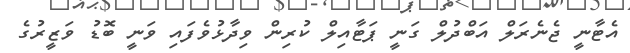
އެޓާނީ ޖެނެރަލް އަބްދުލް ގަނީ ޕަޓާއިލް ކުރިން ވިދާޅުވެފައި ވަނީ ބޮޑު ވަޒީރުގެ